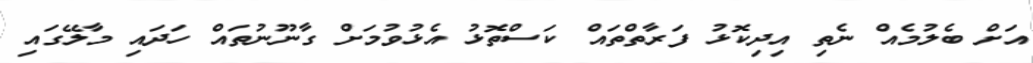
އަށް ބެލުމެއް ނެތި އިދިކޮޅު ފަރާތްތައް ކަސްތޮޅު އެޅުވުމަށް ގާނޫނުތައް ހަދައި މާލޭގައި